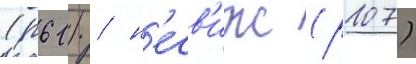
(р61) / н'есв'иж (р107)